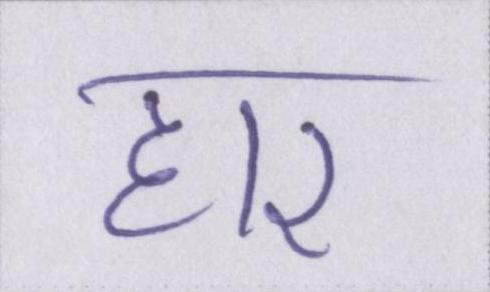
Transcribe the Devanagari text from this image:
हार